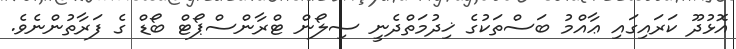
އޮޅުދޫ ކަރައިގައި ޢާއްމު ބަސްތަކުގެ ޚިދުމަތްދެނީ ސިލޯން ޓްރާންސްޕޯޓް ބޯޑް ގެ ފަރާތުންނެވެ.